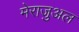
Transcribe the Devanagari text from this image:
मेराजुअल